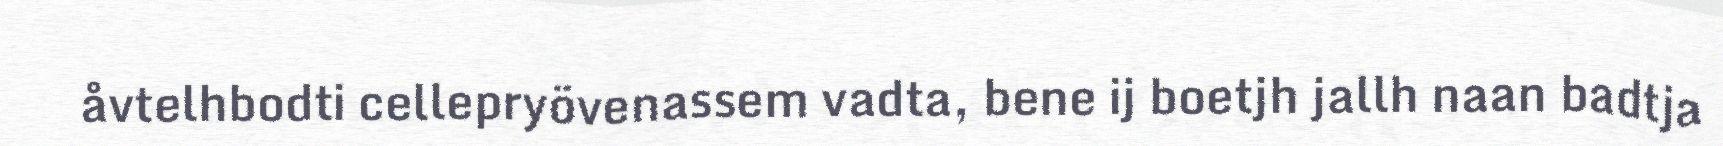
åvtelhbodti cellepryövenassem vadta, bene ij boetjh jallh naan badtja